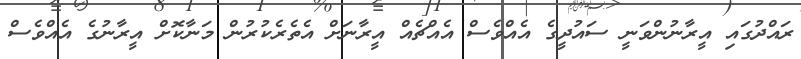
ރައްދުގައި އީރާނުންވަނީ ސައުދީގެ އެއްވެސް އެއްޗެއް އީރާނަށް އެތެރެކުރުން މަނާކޮށް އީރާނުގެ އެއްވެސް